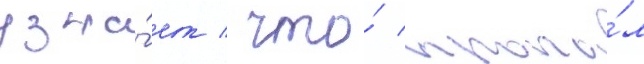
узна́ет / что́ пропа́л